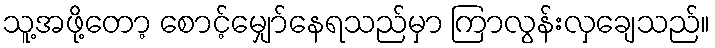
သူ့အဖို့တော့ စောင့်မျှော်နေရသည်မှာ ကြာလွန်းလှချေသည်။